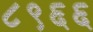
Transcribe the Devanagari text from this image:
८९६६